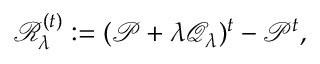
\mathcal { R } _ { \lambda } ^ { ( t ) } : = ( \mathcal { P } + \lambda \mathcal { Q } _ { \lambda } ) ^ { t } - \mathcal { P } ^ { t } ,